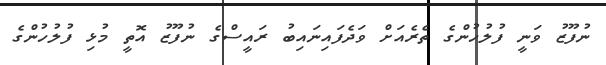
ނުފޫޒު ވަނީ ފުލުހުންގެ ތެރެއަށް ވަދެފައިނައިބު ރައީސްގެ ނުފޫޒު އޮތީ މުޅި ފުލުހުންގެ